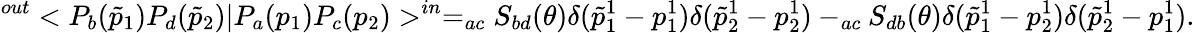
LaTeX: ^{out}<P_{b}(\tilde{p}_{1})P_{d}(\tilde{p}_{2})|P_{a}(p_{1})P_{c}(p_{2})>^{in}=_{ac}S_{bd}(\theta)\delta(\tilde{p}_{1}^{1}-p_{1}^{1})\delta(\tilde{p}_{2}^{1}-p_{2}^{1})-_{ac}S_{db}(\theta)\delta(\tilde{p}_{1}^{1}-p_{2}^{1})\delta(\tilde{p}_{2}^{1}-p_{1}^{1}).